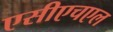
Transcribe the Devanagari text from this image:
एसीएचएल